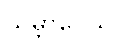
သမ္ဘာဝေသိ